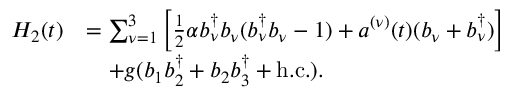
\begin{array} { r l } { H _ { 2 } ( t ) } & { = \sum _ { \nu = 1 } ^ { 3 } \bigg [ \frac { 1 } { 2 } \alpha b _ { \nu } ^ { \dagger } b _ { \nu } ( b _ { \nu } ^ { \dagger } b _ { \nu } - 1 ) + a ^ { ( \nu ) } ( t ) ( b _ { \nu } + b _ { \nu } ^ { \dagger } ) \bigg ] } \\ & { \quad + g ( b _ { 1 } b _ { 2 } ^ { \dagger } + b _ { 2 } b _ { 3 } ^ { \dagger } + \mathrm { h . c . } ) . } \end{array}